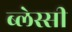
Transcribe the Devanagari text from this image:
ब्लेस्सी